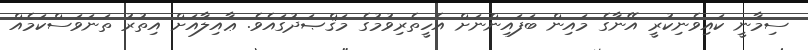
ސިމާނީ ކައިވެނިކުރީ އޭނާގެ މައިން ބަފައިންނަށް އެހީތެރިވުމުގެ މަޤްޞަދުގައެވެ. ޢާއިލާއަށް އިތުރު ތަނަވަސްކަމެއް